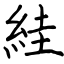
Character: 絓